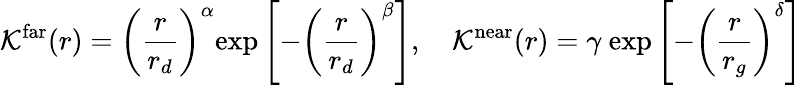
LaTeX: \mathcal{K}^{\mathrm{far}}(r)=\left(\frac{r}{r_{d}}\right)^{\alpha}\mathrm{exp}\left[-\left(\frac{r}{r_{d}}\right)^{\beta}\right],~~~~\mathcal{K}^{\mathrm{near}}(r)=\gamma~\mathrm{exp}\left[-\left(\frac{r}{r_{g}}\right)^{\delta}\right]